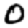
Digit: 0